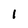
Character: 1